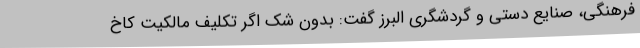
فرهنگی، صنایع دستی و گردشگری البرز گفت: بدون شک اگر تکلیف مالکیت کاخ